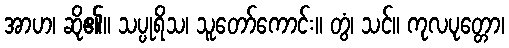
အာဟ၊ ဆို၏။ သပ္ပုရိသ၊ သူတော်ကောင်း။ တွံ၊ သင်။ ကုလပုတ္တော၊